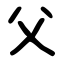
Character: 父